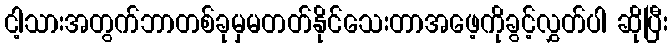
ငါ့သားအတွက်ဘာတစ်ခုမှမတတ်နိုင်သေးတာအဖေ့ကိုခွင့်လွှတ်ပါ ဆိုပြီး